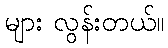
များ လွန်းတယ်။